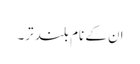
ان کے نام بلند تر۔